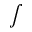
\textstyle \int